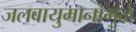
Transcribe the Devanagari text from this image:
जलवायुमानामुळे